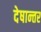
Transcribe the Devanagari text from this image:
देषान्‍तर